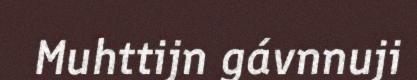
Muhttijn gávnnuji